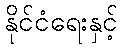
နိုင်ငံရေးနှင့်